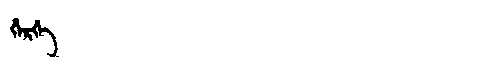
Manchu: ᡥᡝᡵᡤᡝ
Romanization: HERGE